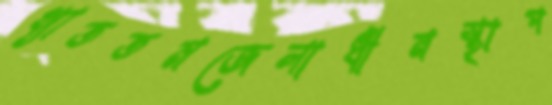
খ্যাততমজেলাধীনস্থাপ